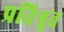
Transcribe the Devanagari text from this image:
प्रतिश्रुत